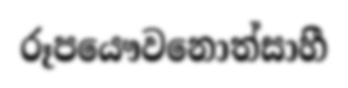
රූපයෞවනොත්සාහී